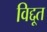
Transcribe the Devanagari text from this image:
विद्दूत